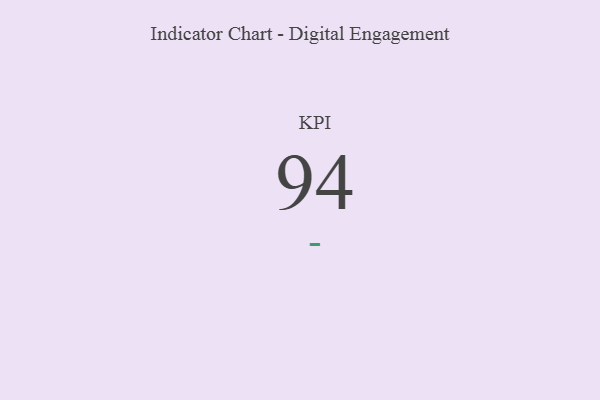
{"axis": {"x": "KPI", "y": "Value"}, "legend": [""], "data": [{"x": "KPI", "y": 94, "type": ""}]}